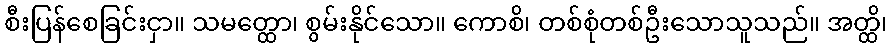
စီးပြန်စေခြင်းငှာ။ သမတ္ထော၊ စွမ်းနိုင်သော။ ကောစိ၊ တစ်စုံတစ်ဦးသောသူသည်။ အတ္ထိ၊